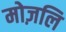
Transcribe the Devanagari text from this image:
मोज़लि